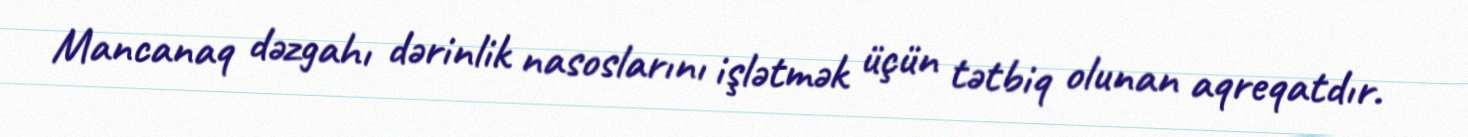
Mancanaq dəzgahı dərinlik nasoslarını işlətmək üçün tətbiq olunan aqreqatdır.